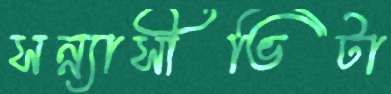
সন্ন্যাসীভিটা